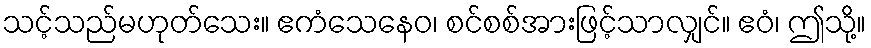
သင့်သည်မဟုတ်သေး။ ဧကံသေနေဝ၊ စင်စစ်အားဖြင့်သာလျှင်။ ဧဝံ၊ ဤသို့။